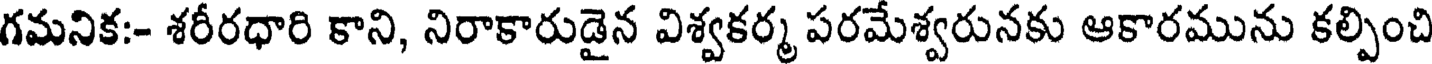
గమనిక:- శరీరధారి కాని, నిరాకారుడైన విశ్వకర్మ పరమేశ్వరునకు ఆకారమును కల్పించి